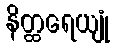
နိတ္ထရေယျုံ